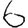
Digit: 6